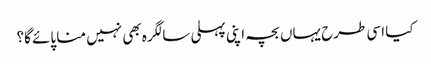
کیا اسی طرح یہاں بچہ اپنی پہلی سالگرہ بھی نہیں منا پائے گا؟